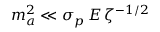
m _ { a } ^ { 2 } \ll \sigma _ { p } \, E \, \zeta ^ { - 1 / 2 }